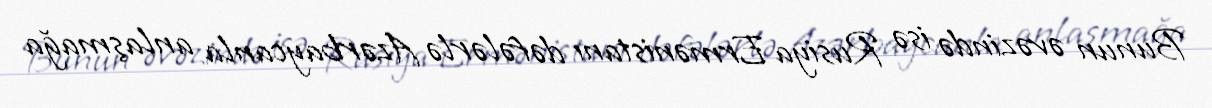
Bunun əvəzində isə Rusiya Ermənistanı dəfələrlə Azərbaycanla anlaşmağa